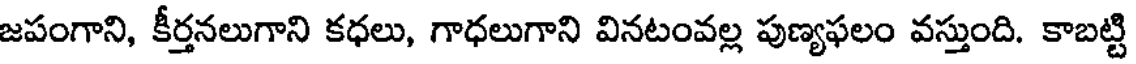
జపంగాని, కీర్తనలుగాని కధలు, గాధలుగాని వినటంవల్ల పుణ్యఫలం వస్తుంది. కాబట్టి